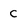
Character: C